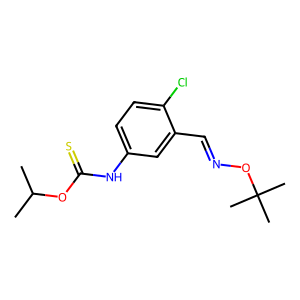
SMILES: CC(C)OC(=S)Nc1ccc(Cl)c(C=NOC(C)(C)C)c1
Inhibits HIV replication: Yes